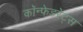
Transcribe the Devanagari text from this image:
कॉन्फेडरेट्स